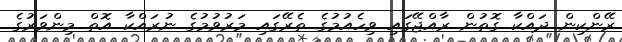
ރޭންކިން ދައްކާ ގޮތުން ރާއްޖޭގައި ވިހެއުމުގެ ތެރޭގައި މަރުވުމުގެ ނުރައްކާ އޮތް މިންވަރުގެ